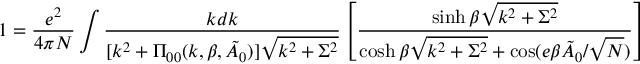
1 = \frac { e ^ { 2 } } { 4 \pi N } \int \frac { k d k } { [ k ^ { 2 } + \Pi _ { 0 0 } ( k , \beta , \tilde { A } _ { 0 } ) ] \sqrt { k ^ { 2 } + \Sigma ^ { 2 } } } \left[ \frac { \sinh \beta \sqrt { k ^ { 2 } + \Sigma ^ { 2 } } } { \cosh \beta \sqrt { k ^ { 2 } + \Sigma ^ { 2 } } + \cos ( e \beta \tilde { A } _ { 0 } / \sqrt { N } ) } \right]